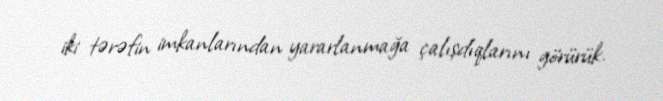
iki tərəfin imkanlarından yararlanmağa çalışdıqlarını görürük.